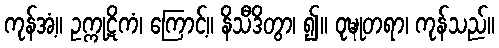
ကုန်အံ့။ ဥက္ကုဋိကံ၊ ကြောင့်။ နိသီဒိတွာ၊ ၍။ ဝုဍ္ဎုတရာ၊ ကုန်သည်။